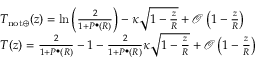
\begin{array} { r l } & { T _ { \mathrm { n o t } \oplus } ( z ) = \ln \left( \frac { 2 } { 1 + P ^ { \bullet } ( R ) } \right) - \kappa \sqrt { 1 - \frac { z } { R } } + \mathcal { O } \left( 1 - \frac { z } { R } \right) } \\ & { T ( z ) = \frac { 2 } { 1 + P ^ { \bullet } ( R ) } - 1 - \frac { 2 } { 1 + P ^ { \bullet } ( R ) } \kappa \sqrt { 1 - \frac { z } { R } } + \mathcal { O } \left( 1 - \frac { z } { R } \right) } \end{array}